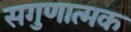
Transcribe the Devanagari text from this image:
सगुणात्मक